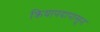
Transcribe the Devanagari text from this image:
क्रियापदापासून